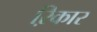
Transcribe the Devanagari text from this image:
ऱिकार